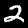
Label: 2